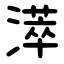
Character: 㵏